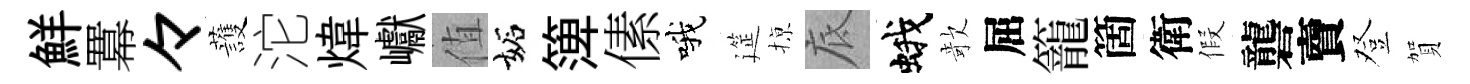
鮮羃々䕶沱煒巘值妬𥱼傃哦筵𢱊底蛾欹屈籠箇衛假礱𧶠登賀